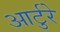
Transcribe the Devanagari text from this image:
आर्टुरे